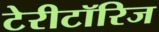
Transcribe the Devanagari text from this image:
टेरीटॉरिज